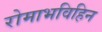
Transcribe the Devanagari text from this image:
रोमाभविहिन